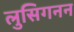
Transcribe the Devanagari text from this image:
लुसिगनन